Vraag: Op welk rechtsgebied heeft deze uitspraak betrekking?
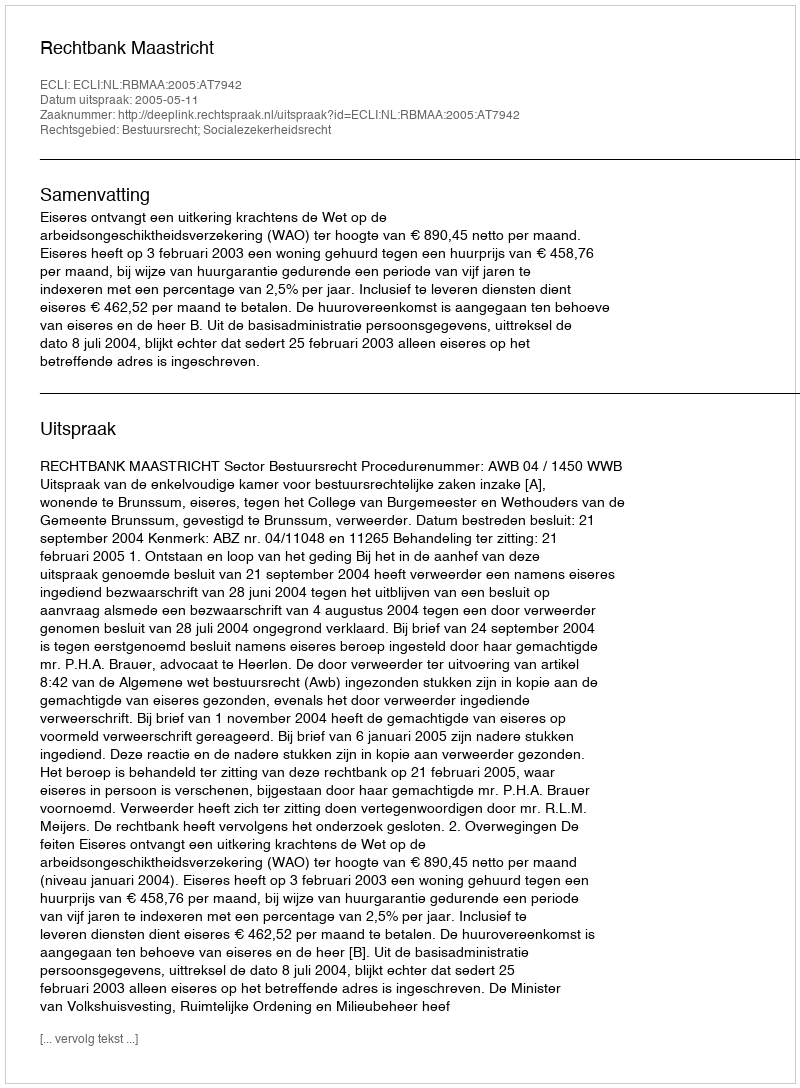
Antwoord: Bestuursrecht; Socialezekerheidsrecht